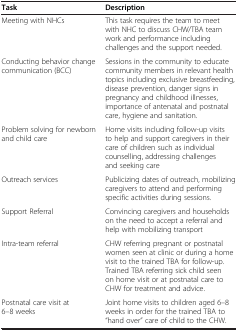
<table><thead><tr><td><b>Task</b></td><td><b>Description</b></td></tr></thead><tbody><tr><td>Meeting with NHCs</td><td>This task requires the team to meet with NHC to discuss CHW/TBA team work and performance including challenges and the support needed.</td></tr><tr><td>Conducting behavior change communication (BCC)</td><td>Sessions in the community to educate community members in relevant health topics including exclusive breastfeeding, disease prevention, danger signs in pregnancy and childhood illnesses, importance of antenatal and postnatal care, hygiene and sanitation.</td></tr><tr><td>Problem solving for newborn and child care</td><td>Home visits including follow-up visits to help and support caregivers in their care of children such as individual counselling, addressing challenges and seeking care</td></tr><tr><td>Outreach services</td><td>Publicizing dates of outreach, mobilizing caregivers to attend and performing specific activities during sessions.</td></tr><tr><td>Support Referral</td><td>Convincing caregivers and households on the need to accept a referral and help with mobilizing transport</td></tr><tr><td>Intra-team referral</td><td>CHW referring pregnant or postnatal women seen at clinic or during a home visit to the trained TBA for follow-up. Trained TBA referring sick child seen on home visit or at postnatal care to CHW for treatment and advice.</td></tr><tr><td>Postnatal care visit at 6–8 weeks</td><td>Joint home visits to children aged 6–8 weeks in order for the trained TBA to “hand over” care of child to the CHW.</td></tr></tbody></table>